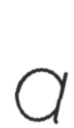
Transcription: a